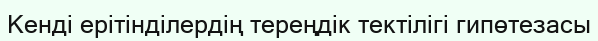
Кенді ерітінділердің тереңдік тектілігі гипөтезасы